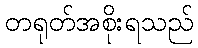
တရုတ်အစိုးရသည်